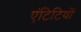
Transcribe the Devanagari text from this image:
एंटिटियों